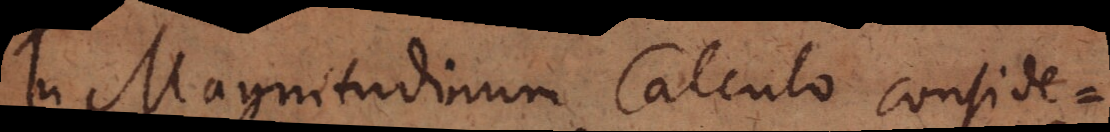
In Magnitudinum Calculo conside